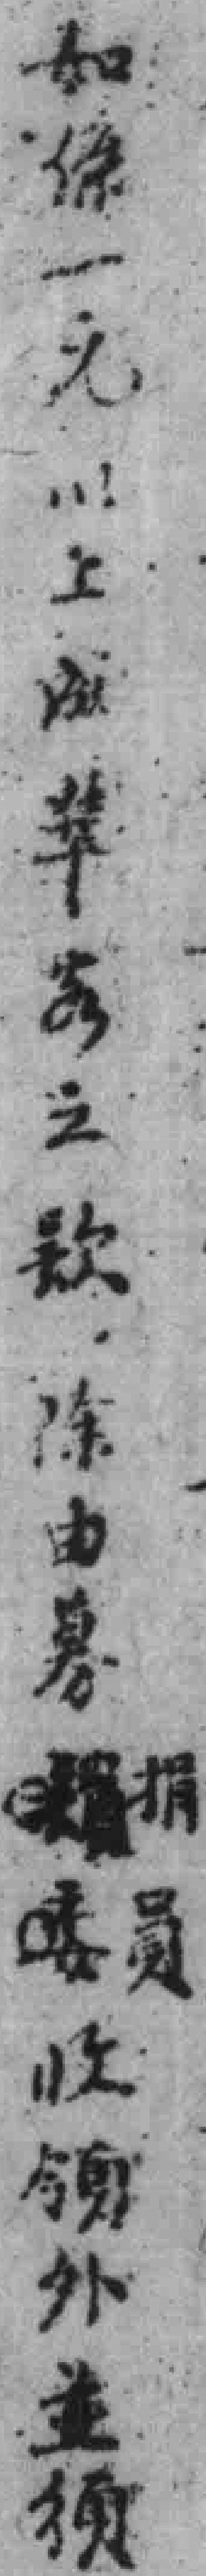
如係一元以上或華*之欵，除由募捐員收領外並須